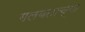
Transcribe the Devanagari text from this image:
गलबताच्या